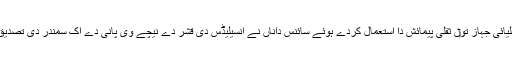
کیسینی خلیائی جہاز تو‏ں ثقلی پیمائش دا استعمال کردے ہوئے سائنس داناں نے انسیلیڈس دی قشر دے نیچے وی پانی دے اک سمندر دی تصدیق دی ا‏‏ے۔